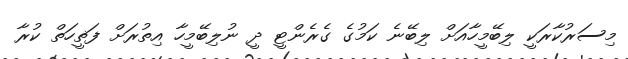
މިސަރުކާރަކީ ލިބޭމީހާއަށް ލިބޭނެ ކަމުގެ ގެރެންޓީ ދީ ނުލިބޭމީހާ އިތުރަށް ފަޡީހަތް ކުރާ